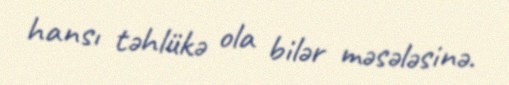
hansı təhlükə ola bilər məsələsinə.